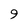
Character: 9